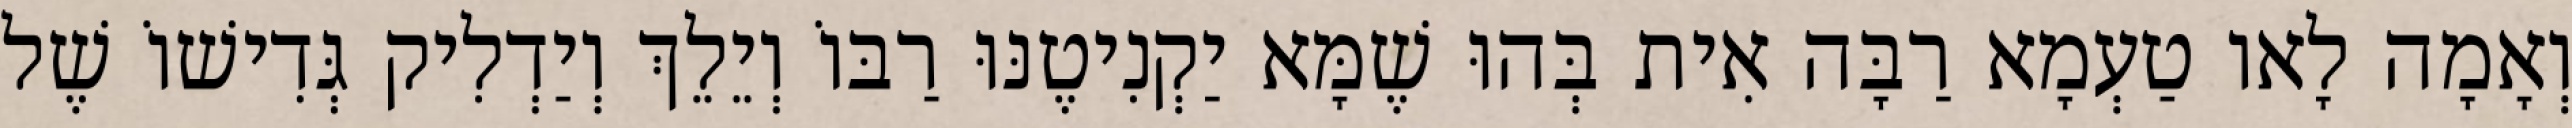
וְאָמָה לָאו טַעְמָא רַבָּה אִית בְּהוּ שֶׁמָּא יַקְנִיטֶנּוּ רַבּוֹ וְיֵלֵךְ וְיַדְלִיק גְּדִישׁוֹ שֶׁל